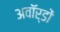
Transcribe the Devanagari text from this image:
अवॉर्डों